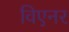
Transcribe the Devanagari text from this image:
विएनर